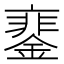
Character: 䥆